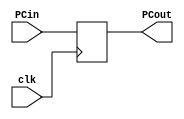
`timescale 1ns / 1ps
//////////////////////////////////////////////////////////////////////////////////
// Company: 
// Engineer: 
// 
// Design Name: 
// Module Name: part1
// Project Name: 
// Target Devices: 
// Tool Versions: 
// Description: 
// 
// Dependencies: 
// 
// Revision:
// Revision 0.01 - File Created
// Additional Comments:
// 
//////////////////////////////////////////////////////////////////////////////////


module PC(clk, PCin, PCout);

input clk;
input   [31:0] PCin;
output reg [31:0] PCout;

always @ (posedge clk)
begin
    PCout <= PCin;
end
endmodule


module PCadder (PC, PCnext);
input  [31:0] PC;
output reg [31:0] PCnext;

initial begin
PCnext = 32'd100;
end

always @(*)
begin
PCnext = PC + 4;
end
endmodule

module InstructionMemory (address, instruction);
input  [31:0] address;
output reg [31:0] instruction;

reg [31:0] IM [0:511];


initial begin
    IM[100] = 32'b10001100001000100000000000000000 ;
    IM[104] = 32'b10001100001000110000000000000100 ;
    IM[108] = 32'b10001100001001000000000000001000 ;
    IM[112] = 32'b10001100001001100000000000001100 ;    
end

always @ (address) begin
    instruction = IM[address];
end
endmodule


module IF(clk, instructionIn, instructionOut);
input clk;
input  [31:0] instructionIn;
output reg [31:0] instructionOut;

always @ (posedge clk)
begin
    instructionOut <= instructionIn;
end

endmodule

module registerFile(
    rna, rnb, wn, d, we, qa, qb, clk
    );
    
    input [4:0] rna, rnb, wn;
    input [31:0] d;
    input clk, we;
    output  [31:0] qa, qb;
    integer i;
    
    reg [31:0] RF [31:0];   //32 register array each 32 bits long
    
    initial begin
    for (i = 0; i <32; i = i+1) begin
        RF[i] = 0;
    end
    end
    
    assign qa = RF[rna];
    assign qb = RF[rnb];
    
    
    always @ (posedge clk)
    begin
        if(we)
            RF[wn] <= d; 
    end
endmodule


module signExtend (constantIn, constantOut);
input [15:0] constantIn;
output reg [31:0] constantOut;

always @ (*) begin

constantOut = {{32{constantIn[15]}}, constantIn[15:0]};
end
endmodule

module addressMux (regrt, rd, rt, selectedAddress);
input regrt;
input [4:0] rd, rt;
output reg [4:0] selectedAddress;

always @ (*) begin
case(regrt) 
0: begin
selectedAddress = rd;
end

1: begin
selectedAddress = rt;
end

endcase
end
endmodule

module ControlUnit (op, func, wreg, m2reg, wmem, aluc, aluimm, regrt);

input [5:0] op, func;
output reg wreg, m2reg, wmem, aluimm, regrt;
output reg [3:0] aluc;



always@(*) begin
    case(op)
        6'b000000: begin    //r-format
            regrt = 1'b1;
            aluimm = 1'b0;
            m2reg = 1'b0;
            wreg = 1'b1;
            wmem = 1'b0;
            case(func)
                6'b100000: begin //add
                    aluc = 4'b0010;
                end
                
                6'b100010: begin    //subtract
                    aluc = 4'b0110;
                end
                
                6'b100100: begin    //AND
                    aluc = 4'b0000;
                end
                
                6'b100101: begin    //OR
                    aluc = 4'b0001;
                end
                
                6'b101010: begin    //slt
                    aluc = 4'b0111;
                end
            endcase
            
        end
        
        6'b100011 : begin   //lw
            regrt = 1'b0;
            aluimm = 1'b1;
            m2reg = 1'b1;
            wmem = 1'b0;
            wreg = 1'b1;
            aluc = 4'b0010;
        end
        
        6'b101011 : begin //sw
            regrt = 1'b0;   //dont care?
            aluimm = 1'b1;
            m2reg = 1'b0;
            wreg = 1'b0;
            wmem = 1'b1;
            aluc = 4'b0010;        
        end
        
        6'b000100 : begin   //beq
            regrt = 1'b0;
            aluimm = 1'b0;
            m2reg = 1'b0;
            wreg = 1'b0;
            wmem = 1'b0;
            aluc = 4'b0110;
        end
    endcase
    
end
endmodule


module ID (clk, wreg, m2reg, wmem, aluc, aluimm, destAddress, qa, qb, constant,IDout);
    input clk, wreg, m2reg, wmem, aluimm;
    input [3:0] aluc;
    input [4:0] destAddress;
    input [31:0] qa, qb, constant;
    output reg [108:0] IDout;
    
    always @ (posedge clk) begin
        IDout<= {wreg, m2reg, wmem, aluc, aluimm, destAddress, qa,qb, constant};
    end
    
endmodule


module ALUmux (ealuimm, regin, shiftin, bout);

    input ealuimm;
    input [31:0] regin, shiftin;
    output reg [31:0] bout;
    
    always@(*) begin
        case(ealuimm)
            1'b0: begin
                bout = regin;
            end
            1'b1: begin
                bout =shiftin;
            end
        endcase
    end
endmodule


module ALU (ealuc, a, b, r);
    input [3:0] ealuc;
    input [31:0] a,b;
    output reg [31:0] r;
    
    always@(*) begin
        case(ealuc)
            4'b0000: begin  //bitewise AND
                r = a&b;
            end
            4'b0001: begin  //bitewise OR
                r = a|b;
            end
            4'b0010: begin  // Add
                r = a+b;
            end
            4'b0110: begin //subtract
                r = a-b;
            end
            4'b0111: begin  //a<b
                r = (a<b)? 1'b1 : 1'b0;
            end
            4'b1100: begin // NOR
                r = ~(a|b);
            end
        endcase
    end
endmodule

module EXE(clk, ewreg, em2reg, ewmem, edestAddress, aluOut, regoutB, exeOut );
    input clk, ewreg, em2reg, ewmem;
    input [4:0] edestAddress;
    input [31:0] aluOut, regoutB;
    output reg [71:0] exeOut;
    
    always@(posedge clk) begin
        exeOut<= {ewreg, em2reg, ewmem, edestAddress, aluOut, regoutB};
    end    
endmodule

module DataMem (we, in_a, di, do);
    input we;
    input [31:0] in_a, di;
    output reg [31:0] do;
    
    reg [31:0] DF [0:1023]; 
    
    initial begin
        DF[0] = 32'hA00000AA;
        DF[4] = 32'h10000011;
        DF[8] = 32'h20000022;
        DF[12] = 32'h30000033;
        DF[16] = 32'h40000044;
        DF[20] = 32'h50000055;
        DF[24] = 32'h60000066;
        DF[28] = 32'h70000077;
        DF[32] = 32'h80000088;
        DF[36] = 32'h90000099;
    end
    
    always@(*)begin
        if(we == 1'b1) begin
            DF[in_a] = di;
        end
        else begin
            do = DF[in_a];
        end
    end
endmodule

module MEM (clk, mwreg, mm2reg, mdestAddress, mALUout, mDout,  MEMout );
    input clk, mwreg, mm2reg;
    input [4:0] mdestAddress;
    input [31:0] mALUout, mDout;
    output reg [70:0] MEMout;
    
    always@(posedge clk) begin
        MEMout<= {mwreg, mm2reg, mdestAddress, mALUout, mDout};
    end 

endmodule


module writeBackMux (wm2reg, wALUout, wDout, writeBackMuxOut);
    input wm2reg, wALUout, wDout;
    output reg [31:0] writeBackMuxOut;
    
    always@(*) begin
        case (wm2reg)
            1'b0: begin
                writeBackMuxOut = wALUout;
            end
            
            1'b1: begin
                writeBackMuxOut = wDout;
            end
        endcase
    end
endmodule